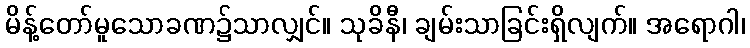
မိန့်တော်မူသောခဏ၌သာလျှင်။ သုခိနီ၊ ချမ်းသာခြင်းရှိလျက်။ အရောဂါ၊